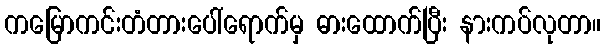
ကမြောကင်းတံတားပေါ်ရောက်မှ ဓားထောက်ပြီး နားကပ်လုတာ။